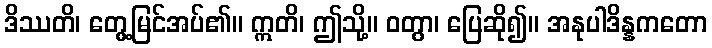
ဒိဿတိ၊ တွေ့မြင်အပ်၏။ ဣတိ၊ ဤသို့။ ဝတွာ၊ ပြေဆို၍။ အနုပါဒိန္နကတော